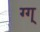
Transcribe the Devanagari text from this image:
ग्ग्